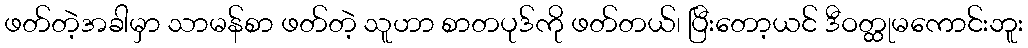
ဖတ်တဲ့အခါမှာ သာမန်စာ ဖတ်တဲ့ သူဟာ စာတပုဒ်ကို ဖတ်တယ်၊ ပြီးတော့ယင် ဒီဝတ္ထုမကောင်းဘူး